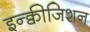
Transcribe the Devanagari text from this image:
इन्क्वीजिशन